Report on malaria in the Punjab during the year ...  together with an account of the work of the Punjab Malaria Bureau - Volume 4
Disease focus: Malaria
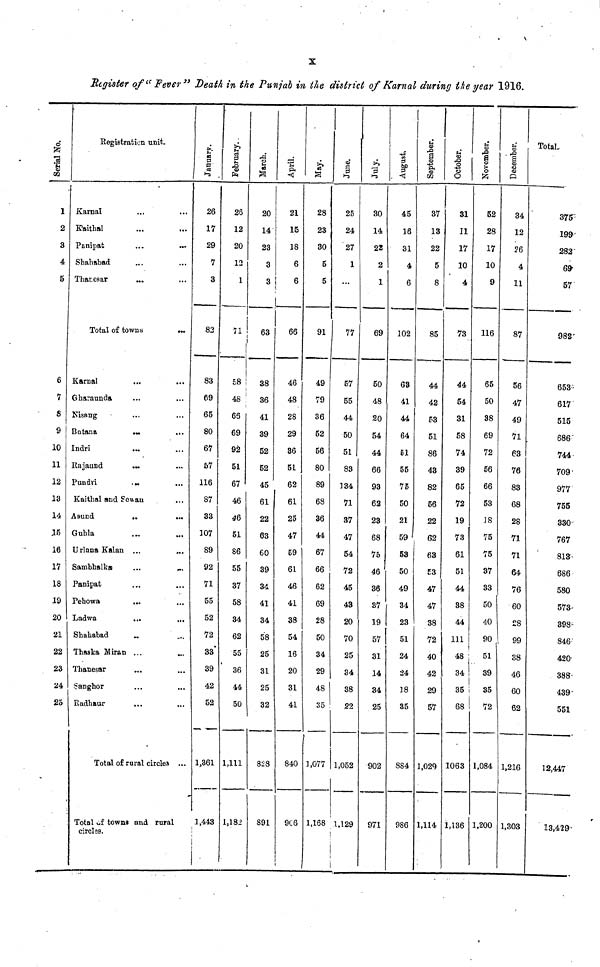
X
Register of "Fever" Death in the Punjab in the district of Karnal during the year 1916.
Serial No.
1
2
3
4
5
6
7
8
9
10
11
12
13
14
16
17
18
19
20
21
22
23
24
25
Registration unit.
Karnal
Kaithal
Panipat
...
...
Shahabad
Tharesar
Total of towns
Karnal
Gharaunda
Nisang
Butana
...
Indri
...
Rajaund
...
Pundri
...
Kaithal and Sewan
Asund
..
...
Gubla
Urlana Katan ...
...
Sambhalka
...
...
Panipat
Pehowa
Ladwa
...
...
Shahabad
...
Thaska Miran ...
Thanesar
Sanghor
Radhaur
Total of rural circles ...
Total of towns and rural
circles.
January.
26
17
29
7
3
83
83
69
65
80
67
57
116
87
33
107
89
92
71
55
52
72
33*
39
42
52
1,361
3,443
February.
26
12
20
12
1
58 !
48
66
69
92
51
67
46
46
51
86
55
37
58
34
62
55
36
44
50
1,111
1,182
March..
20
14
23
3
3
63
38
36
41
39
52
52
45
61
22
63
60
39
3d
41
34
58
25
31
25
32
828
891
April.
21
15
18
6
6
66
46
48
28
29
36
51
62
61
25
47
59
61
46
41
38
54
16
20
31
41
840
916
May.
28
23
30
5
5
91
49
79
36
52
56
80
89
68
36
44
67
66
62
69
28
50
34
29
48
35
1,077
1,168
June.
25
24
27
1
...
77
57
55
44
50
51
83
134
71
37
47
54
72
45
43
20
70
25
34
38
22
1,052
1.129
July.
30
14
22
2
1
69
50
48
20
54
44
66
93
62
23
68
75
46
36
37
19
57
31
14
34
25
902
971
August.
45
16
31
4
6
102
63
41
44
64
51
55
75
50
21
59
53
50
49
34
23
51
24
24
18
35
884
986
September.
37
13
22
5
8
85
44
42
53
51
86
43
82
56
22
62
63
53
47
47
38
72
40
42
29
57
1,029
1,114
October.
31
11
17
10
4
73
44
54
31
58
74
39
65
72
19
73
61
51
44
38
44
111
48
34
35
68
1063
1,136
November.
52
28
17
10
9
116
65
50
38
69
72
56
66
53
18
75
75
37
33
50
40
90
51
39
35
72
1,084
1,200
December.
34
12
26
4
11
87
56
47
49
71
63
76
83
68
28
71
71
64
76
60
28
99
38
46
60
62
1,216
1,303
Total.
375"
199
282'
69
57
982"
653
617
515
686
744
709
977
755
330
767
813
686
580
573
398'
846
420
388
439
551
12,447
13,429